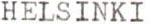
HELSINKI